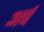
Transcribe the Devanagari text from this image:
अर्च